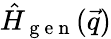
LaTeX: \hat{H}_{\mathrm{~g~e~n~}}(\vec{q})